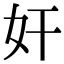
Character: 奸